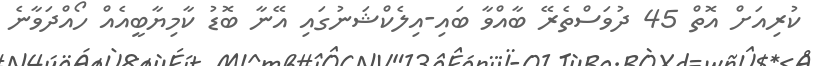
ކުރިއަށް އޮތް 45 ދުވަސްތެރޭ ބާއްވާ ބައި-އިލެކްޝަނުގައި އޭނާ ބޮޑު ކާމިޔާބީއެއް ހޯއްދަވާނެ